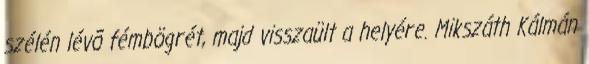
szélén lévõ fémbögrét, majd visszaült a helyére. Mikszáth Kálmán